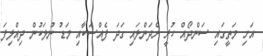
އަށި މަތީގައި ސަންދޯއް ހުރީ ރެދަންލައި ގަދަ ފެއްސަކާއި މަޑު ނުލަކުން ދިއްލިފަ